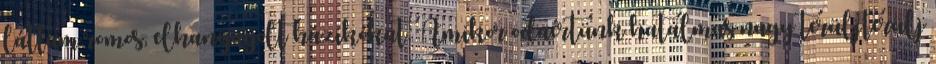
láttam romos, elhanyagolt házikókat. Amikor odaértünk hatalmas nagy terüljterülj